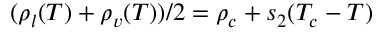
( \rho _ { l } ( T ) + \rho _ { v } ( T ) ) / 2 = \rho _ { c } + s _ { 2 } ( T _ { c } - T )